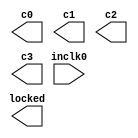
// This program was cloned from: https://github.com/jotego/jtcores
// License: GNU General Public License v3.0

// megafunction wizard: %ALTPLL%VBB%
// GENERATION: STANDARD
// VERSION: WM1.0
// MODULE: altpll 

// ============================================================
// Megafunction Name(s):
// 			altpll
//
// Simulation Library Files(s):
// 			altera_mf
// ============================================================
// ************************************************************
// THIS IS A WIZARD-GENERATED FILE. DO NOT EDIT THIS FILE!
//
// 13.1.0 Build 162 10/23/2013 SJ Web Edition
// ************************************************************

//Copyright (C) 1991-2013 Altera Corporation
//Your use of Altera Corporation's design tools, logic functions 
//and other software and tools, and its AMPP partner logic 
//functions, and any output files from any of the foregoing 
//(including device programming or simulation files), and any 
//associated documentation or information are expressly subject 
//to the terms and conditions of the Altera Program License 
//Subscription Agreement, Altera MegaCore Function License 
//Agreement, or other applicable license agreement, including, 
//without limitation, that your use is for the sole purpose of 
//programming logic devices manufactured by Altera and sold by 
//Altera or its authorized distributors.  Please refer to the 
//applicable agreement for further details.

module jtframe_pllgame (
	inclk0,
	c0,
	c1,
	c2,
	c3,
	locked);

	input	  inclk0;
	output	  c0;
	output	  c1;
	output	  c2;
	output	  c3;
	output	  locked;

endmodule

// ============================================================
// CNX file retrieval info
// ============================================================
// Retrieval info: PRIVATE: ACTIVECLK_CHECK STRING "0"
// Retrieval info: PRIVATE: BANDWIDTH STRING "1.000"
// Retrieval info: PRIVATE: BANDWIDTH_FEATURE_ENABLED STRING "1"
// Retrieval info: PRIVATE: BANDWIDTH_FREQ_UNIT STRING "MHz"
// Retrieval info: PRIVATE: BANDWIDTH_PRESET STRING "Low"
// Retrieval info: PRIVATE: BANDWIDTH_USE_AUTO STRING "1"
// Retrieval info: PRIVATE: BANDWIDTH_USE_PRESET STRING "0"
// Retrieval info: PRIVATE: CLKBAD_SWITCHOVER_CHECK STRING "0"
// Retrieval info: PRIVATE: CLKLOSS_CHECK STRING "0"
// Retrieval info: PRIVATE: CLKSWITCH_CHECK STRING "0"
// Retrieval info: PRIVATE: CNX_NO_COMPENSATE_RADIO STRING "0"
// Retrieval info: PRIVATE: CREATE_CLKBAD_CHECK STRING "0"
// Retrieval info: PRIVATE: CREATE_INCLK1_CHECK STRING "0"
// Retrieval info: PRIVATE: CUR_DEDICATED_CLK STRING "c1"
// Retrieval info: PRIVATE: CUR_FBIN_CLK STRING "c0"
// Retrieval info: PRIVATE: DEVICE_SPEED_GRADE STRING "8"
// Retrieval info: PRIVATE: DIV_FACTOR0 NUMERIC "1"
// Retrieval info: PRIVATE: DIV_FACTOR1 NUMERIC "1"
// Retrieval info: PRIVATE: DIV_FACTOR2 NUMERIC "1"
// Retrieval info: PRIVATE: DIV_FACTOR3 NUMERIC "2"
// Retrieval info: PRIVATE: DUTY_CYCLE0 STRING "50.00000000"
// Retrieval info: PRIVATE: DUTY_CYCLE1 STRING "50.00000000"
// Retrieval info: PRIVATE: DUTY_CYCLE2 STRING "50.00000000"
// Retrieval info: PRIVATE: DUTY_CYCLE3 STRING "50.00000000"
// Retrieval info: PRIVATE: EFF_OUTPUT_FREQ_VALUE0 STRING "48.000000"
// Retrieval info: PRIVATE: EFF_OUTPUT_FREQ_VALUE1 STRING "48.000000"
// Retrieval info: PRIVATE: EFF_OUTPUT_FREQ_VALUE2 STRING "96.000000"
// Retrieval info: PRIVATE: EFF_OUTPUT_FREQ_VALUE3 STRING "24.000000"
// Retrieval info: PRIVATE: EXPLICIT_SWITCHOVER_COUNTER STRING "0"
// Retrieval info: PRIVATE: EXT_FEEDBACK_RADIO STRING "0"
// Retrieval info: PRIVATE: GLOCKED_COUNTER_EDIT_CHANGED STRING "1"
// Retrieval info: PRIVATE: GLOCKED_FEATURE_ENABLED STRING "0"
// Retrieval info: PRIVATE: GLOCKED_MODE_CHECK STRING "0"
// Retrieval info: PRIVATE: GLOCK_COUNTER_EDIT NUMERIC "1048575"
// Retrieval info: PRIVATE: HAS_MANUAL_SWITCHOVER STRING "1"
// Retrieval info: PRIVATE: INCLK0_FREQ_EDIT STRING "48.000"
// Retrieval info: PRIVATE: INCLK0_FREQ_UNIT_COMBO STRING "MHz"
// Retrieval info: PRIVATE: INCLK1_FREQ_EDIT STRING "100.000"
// Retrieval info: PRIVATE: INCLK1_FREQ_EDIT_CHANGED STRING "1"
// Retrieval info: PRIVATE: INCLK1_FREQ_UNIT_CHANGED STRING "1"
// Retrieval info: PRIVATE: INCLK1_FREQ_UNIT_COMBO STRING "MHz"
// Retrieval info: PRIVATE: INTENDED_DEVICE_FAMILY STRING "Cyclone III"
// Retrieval info: PRIVATE: INT_FEEDBACK__MODE_RADIO STRING "1"
// Retrieval info: PRIVATE: LOCKED_OUTPUT_CHECK STRING "1"
// Retrieval info: PRIVATE: LONG_SCAN_RADIO STRING "1"
// Retrieval info: PRIVATE: LVDS_MODE_DATA_RATE STRING "Not Available"
// Retrieval info: PRIVATE: LVDS_MODE_DATA_RATE_DIRTY NUMERIC "0"
// Retrieval info: PRIVATE: LVDS_PHASE_SHIFT_UNIT0 STRING "deg"
// Retrieval info: PRIVATE: LVDS_PHASE_SHIFT_UNIT1 STRING "deg"
// Retrieval info: PRIVATE: LVDS_PHASE_SHIFT_UNIT2 STRING "deg"
// Retrieval info: PRIVATE: LVDS_PHASE_SHIFT_UNIT3 STRING "deg"
// Retrieval info: PRIVATE: MIG_DEVICE_SPEED_GRADE STRING "Any"
// Retrieval info: PRIVATE: MIRROR_CLK0 STRING "0"
// Retrieval info: PRIVATE: MIRROR_CLK1 STRING "0"
// Retrieval info: PRIVATE: MIRROR_CLK2 STRING "0"
// Retrieval info: PRIVATE: MIRROR_CLK3 STRING "0"
// Retrieval info: PRIVATE: MULT_FACTOR0 NUMERIC "1"
// Retrieval info: PRIVATE: MULT_FACTOR1 NUMERIC "1"
// Retrieval info: PRIVATE: MULT_FACTOR2 NUMERIC "2"
// Retrieval info: PRIVATE: MULT_FACTOR3 NUMERIC "1"
// Retrieval info: PRIVATE: NORMAL_MODE_RADIO STRING "1"
// Retrieval info: PRIVATE: OUTPUT_FREQ0 STRING "100.00000000"
// Retrieval info: PRIVATE: OUTPUT_FREQ1 STRING "100.00000000"
// Retrieval info: PRIVATE: OUTPUT_FREQ2 STRING "100.00000000"
// Retrieval info: PRIVATE: OUTPUT_FREQ3 STRING "100.00000000"
// Retrieval info: PRIVATE: OUTPUT_FREQ_MODE0 STRING "0"
// Retrieval info: PRIVATE: OUTPUT_FREQ_MODE1 STRING "0"
// Retrieval info: PRIVATE: OUTPUT_FREQ_MODE2 STRING "0"
// Retrieval info: PRIVATE: OUTPUT_FREQ_MODE3 STRING "0"
// Retrieval info: PRIVATE: OUTPUT_FREQ_UNIT0 STRING "MHz"
// Retrieval info: PRIVATE: OUTPUT_FREQ_UNIT1 STRING "MHz"
// Retrieval info: PRIVATE: OUTPUT_FREQ_UNIT2 STRING "MHz"
// Retrieval info: PRIVATE: OUTPUT_FREQ_UNIT3 STRING "MHz"
// Retrieval info: PRIVATE: PHASE_RECONFIG_FEATURE_ENABLED STRING "1"
// Retrieval info: PRIVATE: PHASE_RECONFIG_INPUTS_CHECK STRING "0"
// Retrieval info: PRIVATE: PHASE_SHIFT0 STRING "0.00000000"
// Retrieval info: PRIVATE: PHASE_SHIFT1 STRING "0.00000000"
// Retrieval info: PRIVATE: PHASE_SHIFT2 STRING "0.00000000"
// Retrieval info: PRIVATE: PHASE_SHIFT3 STRING "0.00000000"
// Retrieval info: PRIVATE: PHASE_SHIFT_STEP_ENABLED_CHECK STRING "0"
// Retrieval info: PRIVATE: PHASE_SHIFT_UNIT0 STRING "deg"
// Retrieval info: PRIVATE: PHASE_SHIFT_UNIT1 STRING "deg"
// Retrieval info: PRIVATE: PHASE_SHIFT_UNIT2 STRING "ns"
// Retrieval info: PRIVATE: PHASE_SHIFT_UNIT3 STRING "deg"
// Retrieval info: PRIVATE: PLL_ADVANCED_PARAM_CHECK STRING "0"
// Retrieval info: PRIVATE: PLL_ARESET_CHECK STRING "0"
// Retrieval info: PRIVATE: PLL_AUTOPLL_CHECK NUMERIC "1"
// Retrieval info: PRIVATE: PLL_ENHPLL_CHECK NUMERIC "0"
// Retrieval info: PRIVATE: PLL_FASTPLL_CHECK NUMERIC "0"
// Retrieval info: PRIVATE: PLL_FBMIMIC_CHECK STRING "0"
// Retrieval info: PRIVATE: PLL_LVDS_PLL_CHECK NUMERIC "0"
// Retrieval info: PRIVATE: PLL_PFDENA_CHECK STRING "0"
// Retrieval info: PRIVATE: PLL_TARGET_HARCOPY_CHECK NUMERIC "0"
// Retrieval info: PRIVATE: PRIMARY_CLK_COMBO STRING "inclk0"
// Retrieval info: PRIVATE: RECONFIG_FILE STRING "jtframe_pllgame.mif"
// Retrieval info: PRIVATE: SACN_INPUTS_CHECK STRING "0"
// Retrieval info: PRIVATE: SCAN_FEATURE_ENABLED STRING "1"
// Retrieval info: PRIVATE: SELF_RESET_LOCK_LOSS STRING "1"
// Retrieval info: PRIVATE: SHORT_SCAN_RADIO STRING "0"
// Retrieval info: PRIVATE: SPREAD_FEATURE_ENABLED STRING "0"
// Retrieval info: PRIVATE: SPREAD_FREQ STRING "50.000"
// Retrieval info: PRIVATE: SPREAD_FREQ_UNIT STRING "KHz"
// Retrieval info: PRIVATE: SPREAD_PERCENT STRING "0.500"
// Retrieval info: PRIVATE: SPREAD_USE STRING "0"
// Retrieval info: PRIVATE: SRC_SYNCH_COMP_RADIO STRING "0"
// Retrieval info: PRIVATE: STICKY_CLK0 STRING "1"
// Retrieval info: PRIVATE: STICKY_CLK1 STRING "1"
// Retrieval info: PRIVATE: STICKY_CLK2 STRING "1"
// Retrieval info: PRIVATE: STICKY_CLK3 STRING "1"
// Retrieval info: PRIVATE: SWITCHOVER_COUNT_EDIT NUMERIC "1"
// Retrieval info: PRIVATE: SWITCHOVER_FEATURE_ENABLED STRING "1"
// Retrieval info: PRIVATE: SYNTH_WRAPPER_GEN_POSTFIX STRING "0"
// Retrieval info: PRIVATE: USE_CLK0 STRING "1"
// Retrieval info: PRIVATE: USE_CLK1 STRING "1"
// Retrieval info: PRIVATE: USE_CLK2 STRING "1"
// Retrieval info: PRIVATE: USE_CLK3 STRING "1"
// Retrieval info: PRIVATE: USE_CLKENA0 STRING "0"
// Retrieval info: PRIVATE: USE_CLKENA1 STRING "0"
// Retrieval info: PRIVATE: USE_CLKENA2 STRING "0"
// Retrieval info: PRIVATE: USE_CLKENA3 STRING "0"
// Retrieval info: PRIVATE: USE_MIL_SPEED_GRADE NUMERIC "0"
// Retrieval info: PRIVATE: ZERO_DELAY_RADIO STRING "0"
// Retrieval info: LIBRARY: altera_mf altera_mf.altera_mf_components.all
// Retrieval info: CONSTANT: BANDWIDTH_TYPE STRING "AUTO"
// Retrieval info: CONSTANT: CLK0_DIVIDE_BY NUMERIC "1"
// Retrieval info: CONSTANT: CLK0_DUTY_CYCLE NUMERIC "50"
// Retrieval info: CONSTANT: CLK0_MULTIPLY_BY NUMERIC "1"
// Retrieval info: CONSTANT: CLK0_PHASE_SHIFT STRING "0"
// Retrieval info: CONSTANT: CLK1_DIVIDE_BY NUMERIC "1"
// Retrieval info: CONSTANT: CLK1_DUTY_CYCLE NUMERIC "50"
// Retrieval info: CONSTANT: CLK1_MULTIPLY_BY NUMERIC "1"
// Retrieval info: CONSTANT: CLK1_PHASE_SHIFT STRING "0"
// Retrieval info: CONSTANT: CLK2_DIVIDE_BY NUMERIC "1"
// Retrieval info: CONSTANT: CLK2_DUTY_CYCLE NUMERIC "50"
// Retrieval info: CONSTANT: CLK2_MULTIPLY_BY NUMERIC "2"
// Retrieval info: CONSTANT: CLK2_PHASE_SHIFT STRING "0"
// Retrieval info: CONSTANT: CLK3_DIVIDE_BY NUMERIC "2"
// Retrieval info: CONSTANT: CLK3_DUTY_CYCLE NUMERIC "50"
// Retrieval info: CONSTANT: CLK3_MULTIPLY_BY NUMERIC "1"
// Retrieval info: CONSTANT: CLK3_PHASE_SHIFT STRING "0"
// Retrieval info: CONSTANT: COMPENSATE_CLOCK STRING "CLK1"
// Retrieval info: CONSTANT: INCLK0_INPUT_FREQUENCY NUMERIC "20833"
// Retrieval info: CONSTANT: INTENDED_DEVICE_FAMILY STRING "Cyclone III"
// Retrieval info: CONSTANT: LPM_TYPE STRING "altpll"
// Retrieval info: CONSTANT: OPERATION_MODE STRING "NORMAL"
// Retrieval info: CONSTANT: PLL_TYPE STRING "AUTO"
// Retrieval info: CONSTANT: PORT_ACTIVECLOCK STRING "PORT_UNUSED"
// Retrieval info: CONSTANT: PORT_ARESET STRING "PORT_UNUSED"
// Retrieval info: CONSTANT: PORT_CLKBAD0 STRING "PORT_UNUSED"
// Retrieval info: CONSTANT: PORT_CLKBAD1 STRING "PORT_UNUSED"
// Retrieval info: CONSTANT: PORT_CLKLOSS STRING "PORT_UNUSED"
// Retrieval info: CONSTANT: PORT_CLKSWITCH STRING "PORT_UNUSED"
// Retrieval info: CONSTANT: PORT_CONFIGUPDATE STRING "PORT_UNUSED"
// Retrieval info: CONSTANT: PORT_FBIN STRING "PORT_UNUSED"
// Retrieval info: CONSTANT: PORT_INCLK0 STRING "PORT_USED"
// Retrieval info: CONSTANT: PORT_INCLK1 STRING "PORT_UNUSED"
// Retrieval info: CONSTANT: PORT_LOCKED STRING "PORT_USED"
// Retrieval info: CONSTANT: PORT_PFDENA STRING "PORT_UNUSED"
// Retrieval info: CONSTANT: PORT_PHASECOUNTERSELECT STRING "PORT_UNUSED"
// Retrieval info: CONSTANT: PORT_PHASEDONE STRING "PORT_UNUSED"
// Retrieval info: CONSTANT: PORT_PHASESTEP STRING "PORT_UNUSED"
// Retrieval info: CONSTANT: PORT_PHASEUPDOWN STRING "PORT_UNUSED"
// Retrieval info: CONSTANT: PORT_PLLENA STRING "PORT_UNUSED"
// Retrieval info: CONSTANT: PORT_SCANACLR STRING "PORT_UNUSED"
// Retrieval info: CONSTANT: PORT_SCANCLK STRING "PORT_UNUSED"
// Retrieval info: CONSTANT: PORT_SCANCLKENA STRING "PORT_UNUSED"
// Retrieval info: CONSTANT: PORT_SCANDATA STRING "PORT_UNUSED"
// Retrieval info: CONSTANT: PORT_SCANDATAOUT STRING "PORT_UNUSED"
// Retrieval info: CONSTANT: PORT_SCANDONE STRING "PORT_UNUSED"
// Retrieval info: CONSTANT: PORT_SCANREAD STRING "PORT_UNUSED"
// Retrieval info: CONSTANT: PORT_SCANWRITE STRING "PORT_UNUSED"
// Retrieval info: CONSTANT: PORT_clk0 STRING "PORT_USED"
// Retrieval info: CONSTANT: PORT_clk1 STRING "PORT_USED"
// Retrieval info: CONSTANT: PORT_clk2 STRING "PORT_USED"
// Retrieval info: CONSTANT: PORT_clk3 STRING "PORT_USED"
// Retrieval info: CONSTANT: PORT_clk4 STRING "PORT_UNUSED"
// Retrieval info: CONSTANT: PORT_clk5 STRING "PORT_UNUSED"
// Retrieval info: CONSTANT: PORT_clkena0 STRING "PORT_UNUSED"
// Retrieval info: CONSTANT: PORT_clkena1 STRING "PORT_UNUSED"
// Retrieval info: CONSTANT: PORT_clkena2 STRING "PORT_UNUSED"
// Retrieval info: CONSTANT: PORT_clkena3 STRING "PORT_UNUSED"
// Retrieval info: CONSTANT: PORT_clkena4 STRING "PORT_UNUSED"
// Retrieval info: CONSTANT: PORT_clkena5 STRING "PORT_UNUSED"
// Retrieval info: CONSTANT: PORT_extclk0 STRING "PORT_UNUSED"
// Retrieval info: CONSTANT: PORT_extclk1 STRING "PORT_UNUSED"
// Retrieval info: CONSTANT: PORT_extclk2 STRING "PORT_UNUSED"
// Retrieval info: CONSTANT: PORT_extclk3 STRING "PORT_UNUSED"
// Retrieval info: CONSTANT: SELF_RESET_ON_LOSS_LOCK STRING "ON"
// Retrieval info: CONSTANT: WIDTH_CLOCK NUMERIC "5"
// Retrieval info: USED_PORT: @clk 0 0 5 0 OUTPUT_CLK_EXT VCC "@clk[4..0]"
// Retrieval info: USED_PORT: c0 0 0 0 0 OUTPUT_CLK_EXT VCC "c0"
// Retrieval info: USED_PORT: c1 0 0 0 0 OUTPUT_CLK_EXT VCC "c1"
// Retrieval info: USED_PORT: c2 0 0 0 0 OUTPUT_CLK_EXT VCC "c2"
// Retrieval info: USED_PORT: c3 0 0 0 0 OUTPUT_CLK_EXT VCC "c3"
// Retrieval info: USED_PORT: inclk0 0 0 0 0 INPUT_CLK_EXT GND "inclk0"
// Retrieval info: USED_PORT: locked 0 0 0 0 OUTPUT GND "locked"
// Retrieval info: CONNECT: @inclk 0 0 1 1 GND 0 0 0 0
// Retrieval info: CONNECT: @inclk 0 0 1 0 inclk0 0 0 0 0
// Retrieval info: CONNECT: c0 0 0 0 0 @clk 0 0 1 0
// Retrieval info: CONNECT: c1 0 0 0 0 @clk 0 0 1 1
// Retrieval info: CONNECT: c2 0 0 0 0 @clk 0 0 1 2
// Retrieval info: CONNECT: c3 0 0 0 0 @clk 0 0 1 3
// Retrieval info: CONNECT: locked 0 0 0 0 @locked 0 0 0 0
// Retrieval info: GEN_FILE: TYPE_NORMAL jtframe_pllgame.v TRUE
// Retrieval info: GEN_FILE: TYPE_NORMAL jtframe_pllgame.ppf TRUE
// Retrieval info: GEN_FILE: TYPE_NORMAL jtframe_pllgame.inc FALSE
// Retrieval info: GEN_FILE: TYPE_NORMAL jtframe_pllgame.cmp FALSE
// Retrieval info: GEN_FILE: TYPE_NORMAL jtframe_pllgame.bsf FALSE
// Retrieval info: GEN_FILE: TYPE_NORMAL jtframe_pllgame_inst.v FALSE
// Retrieval info: GEN_FILE: TYPE_NORMAL jtframe_pllgame_bb.v TRUE
// Retrieval info: LIB_FILE: altera_mf
// Retrieval info: CBX_MODULE_PREFIX: ON